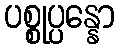
ပစ္စုပ္ပန္နော